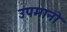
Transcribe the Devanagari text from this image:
उपमानो